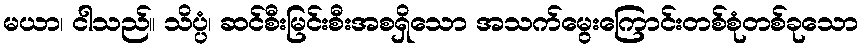
မယာ၊ ငါသည်။ သိပ္ပံ၊ ဆင်စီးမြင်းစီးအစရှိသော အသက်မွေးကြောင်းတစ်စုံတစ်ခုသော